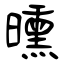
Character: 曛